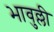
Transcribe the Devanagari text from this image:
भावुल्ली